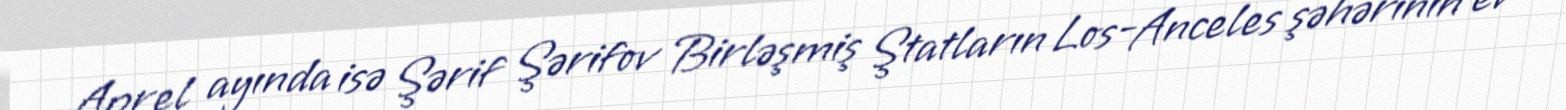
Aprel ayında isə Şərif Şərifov Birləşmiş Ştatların Los-Anceles şəhərinin ev